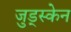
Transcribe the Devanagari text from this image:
जुड्स्केन